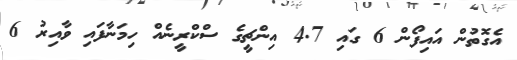
އެގޮތުން އައިފޯން 6 ގައި 4.7 އިންޗީގެ ސްކްރީނެއް ހިމަނާފައި ވާއިރު 6